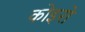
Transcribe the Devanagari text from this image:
कोइरो